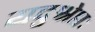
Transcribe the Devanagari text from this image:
यदुश्रेष्ठः